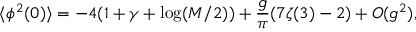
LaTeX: \langle \phi ^ { 2 } ( 0 ) \rangle = - 4 ( 1 + \gamma + \log ( M / 2 ) ) + \frac { g } { \pi } ( 7 \zeta ( 3 ) - 2 ) + O ( g ^ { 2 } ) ,